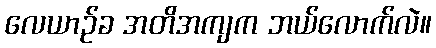
လေယာဉ်ခ အတိအကျက ဘယ်လောက်လဲ။